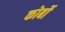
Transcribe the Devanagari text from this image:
कोर्बो